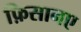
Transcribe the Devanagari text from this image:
फ़िसानए